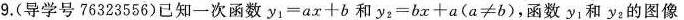
9.(导学号76323556)已知一次函数$$y_{1} = a x+b$$和$$y_{2}=b x + a(a≠b)$$，函数y_{1}和y_{2}的图像